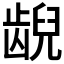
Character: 𫠜